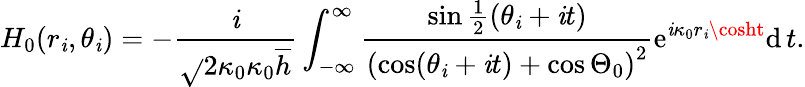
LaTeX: H_{0}(r_{\mathit{i}},\theta_{\mathit{i}})=-\frac{{\mathrm{{\mathit{i}}}}}{{\sqrt{}{{2\kappa_{0}}}\kappa_{0}\overline{{{h}}}}}\int_{-\infty}^{\infty}\frac{{\sin\frac{{1}}{{2}}(\theta_{\mathit{i}}+\mathrm{{\mathit{i}}}t)}}{{\left(\cos(\theta_{\mathit{i}}+\mathrm{{\mathit{i}}}t)+\cos\Theta_{0}\right)^{2}}}\mathrm{{e}}^{\mathrm{{\mathit{i}}}\kappa_{0}r_{\mathit{i}}\cosht}\mathrm{{d}}\, t.